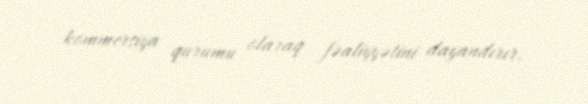
kommersiya qurumu olaraq fəaliyyətini dayandırır.